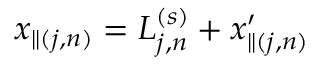
x _ { \parallel ( j , n ) } = L _ { j , n } ^ { ( s ) } + x _ { \parallel ( j , n ) } ^ { \prime }